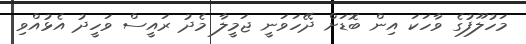
މަހުލޫފުގެ ވާހަކަ އިން ބޮޑަށް ދޭހަވަނީ ޖަމީލާ މެދު ރައީސް ވަހީދު އެޅުއްވި